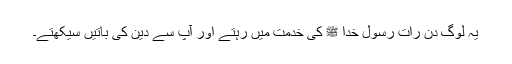
یہ لوگ دن رات رسول خدا ﷺ کی خدمت میں رہتے اور آپ سے دین کی باتیں سیکھتے۔